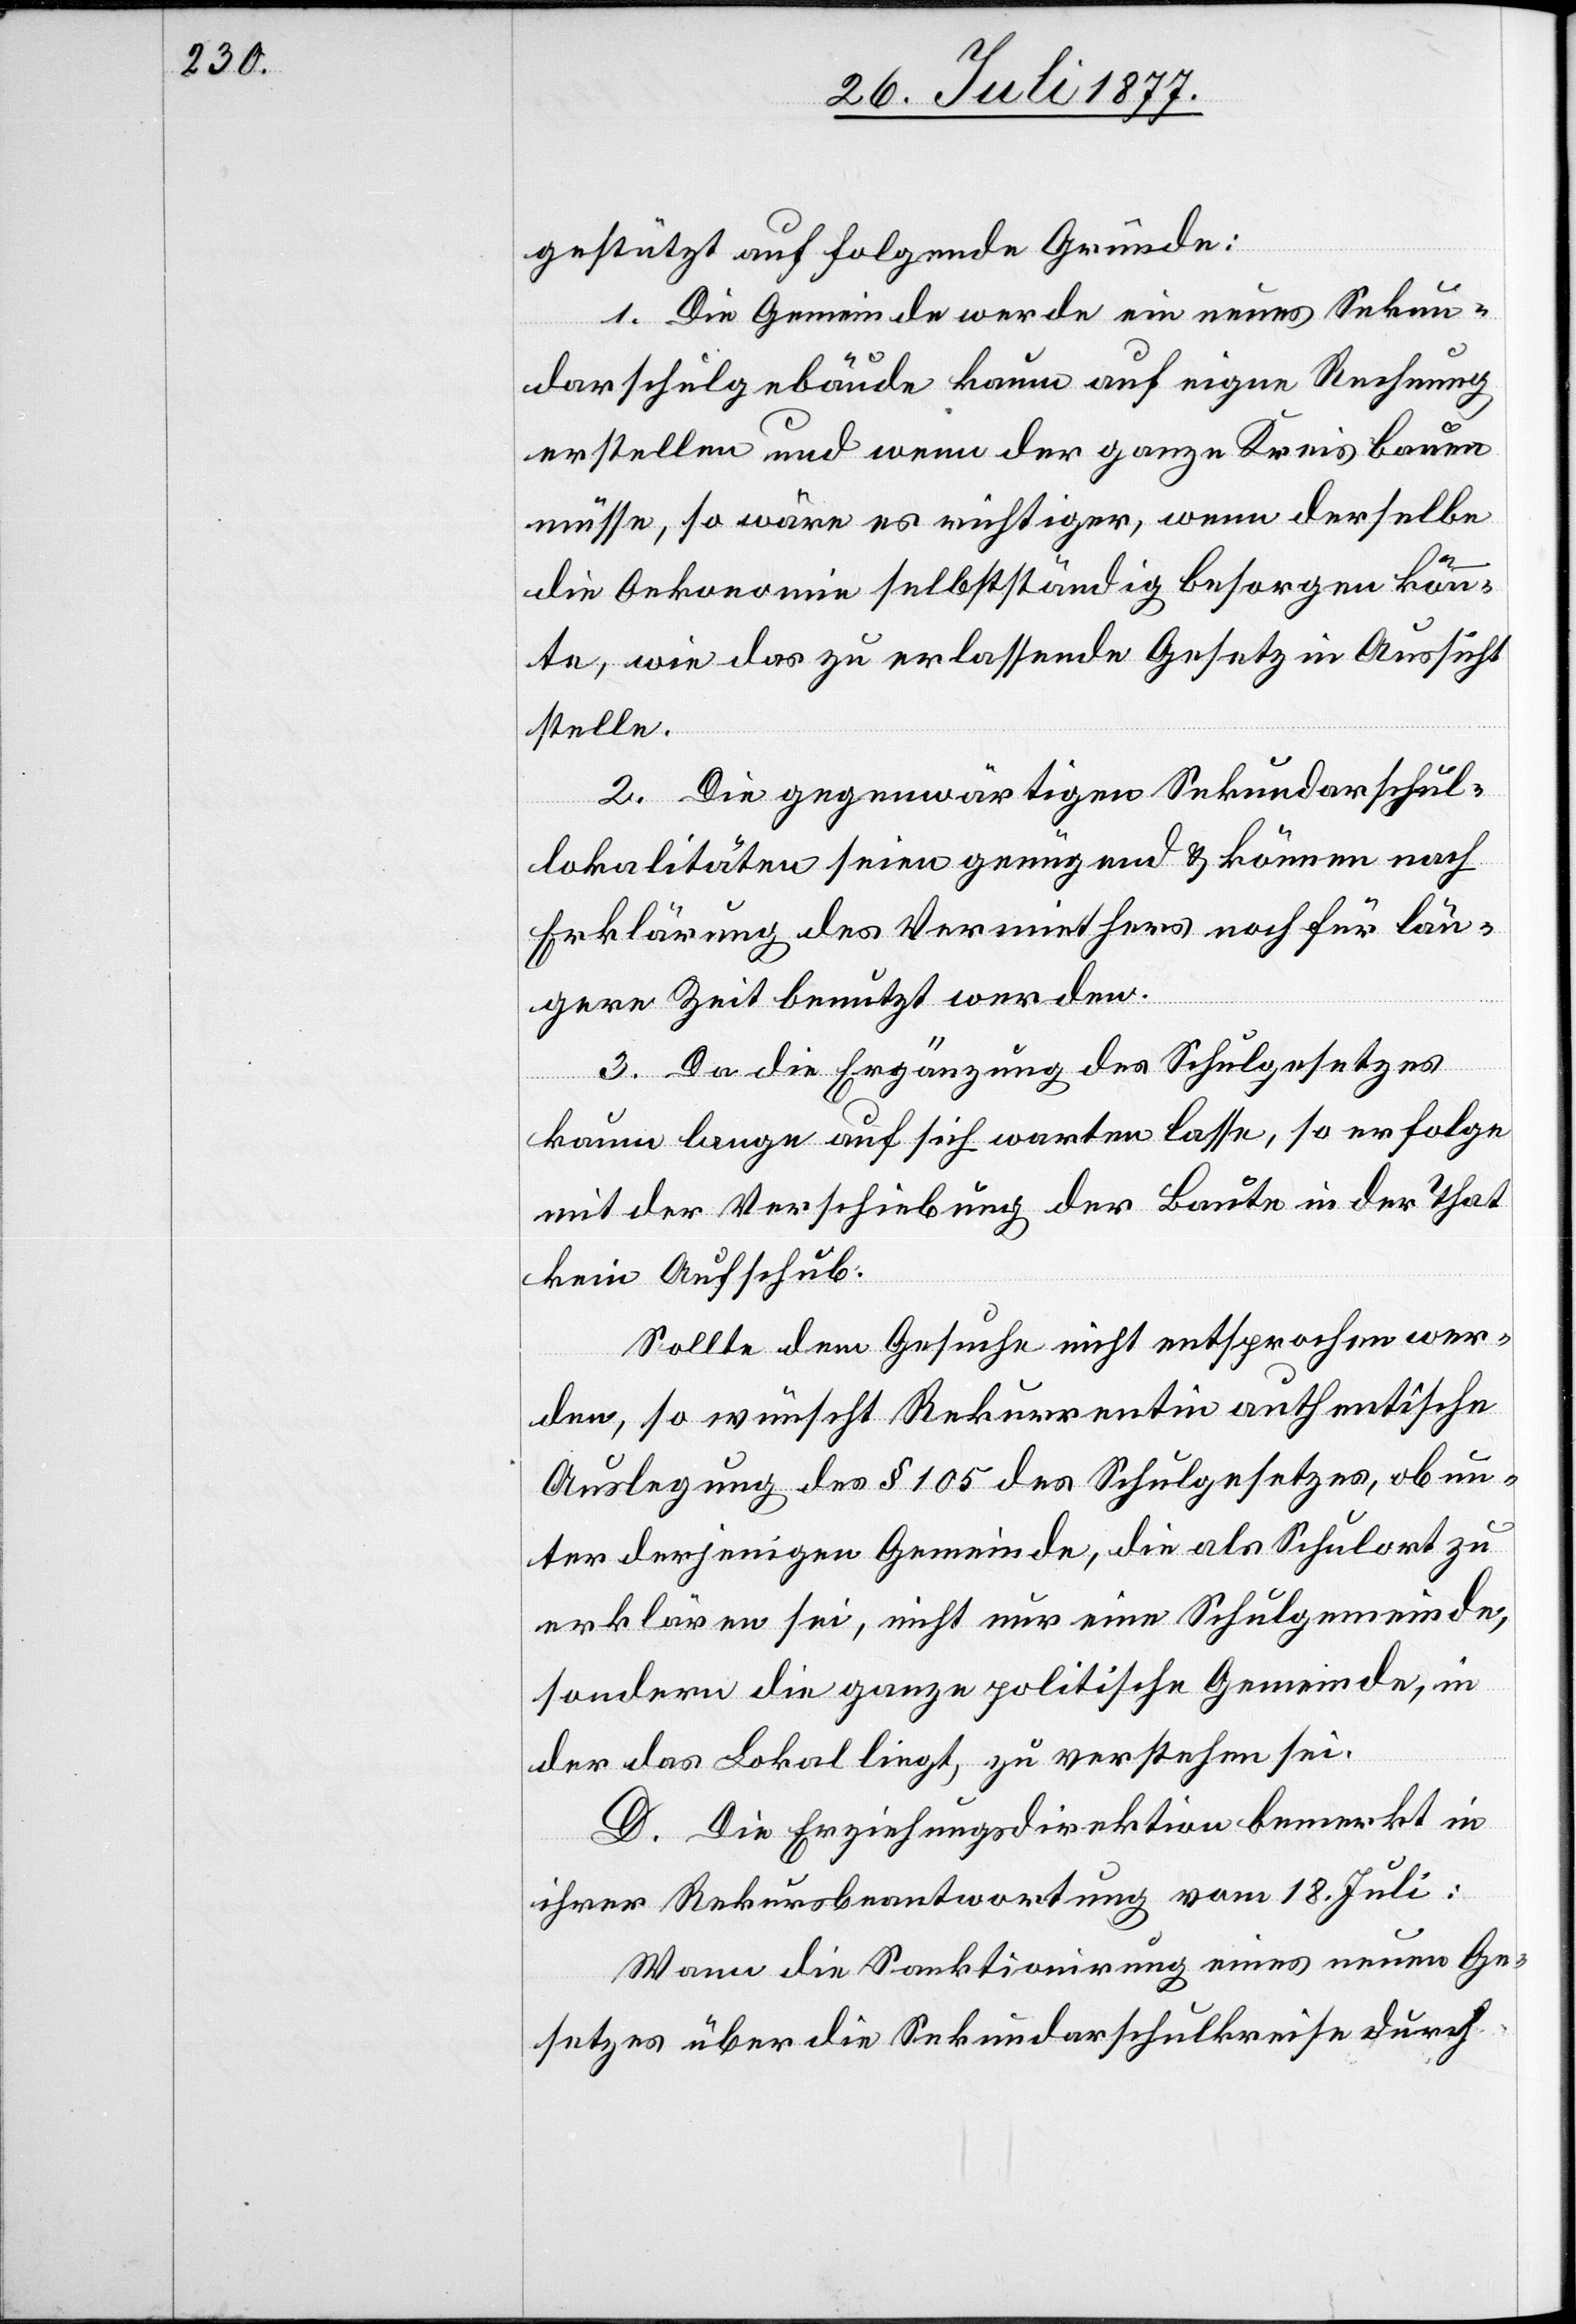
gestützt auf folgende Gründe:
1. Die Gemeinde werde ein neues Sekun¬
darschulgebäude kaum auf eigne Rechnung
erstellen und wenn der ganze Kreis bauen
müsse, so wäre es richtiger, wenn derselbe
die Oekonomie selbstständig besorgen könn¬
te, wie das zu erlassende Gesetz in Aussicht
stelle.
2. Die gegenwärtigen Sekundarschul¬
lokalitäten seien genügend & können nach
Erklärung des Vermiethers noch für län¬
gere Zeit benutzt werden.
3. Da die Ergänzung des Schulgesetzes
kaum lange auf sich warten lasse, so erfolge
mit der Verschiebung der Baute in der That
kein Aufschub.
Sollte dem Gesuche nicht entsprochen wer¬
den, so wünscht Rekurrentin authentische
Auslegung des § 105 des Schulgesetzes, ob un¬
ter derjenigen Gemeinde, die als Schulort zu
erklären sei, nicht nur eine Schulgemeinde,
sondern die ganze politische Gemeinde, in
der das Lokal liegt, zu verstehen sei.
D. Die Erziehungsdirektion bemerkt in
ihrer Rekursbeantwortung vom 18. Juli:
Wann die Sanktionirung eines neuen Ge¬
setzes über die Sekundarschulkreise durch